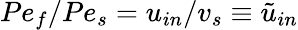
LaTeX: Pe_{f}/Pe_{s}=u_{in}/v_{s}\equiv\tilde{u}_{in}